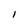
Character: I